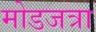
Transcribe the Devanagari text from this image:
मोडजत्रा